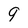
Character: 9